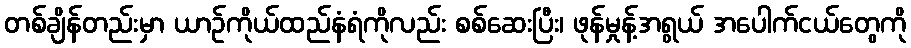
တစ်ချိန်တည်းမှာ ယာဉ်ကိုယ်ထည်နံရံကိုလည်း စစ်ဆေးပြီး၊ ဖုန်မှုန့်အရွယ် အပေါက်ငယ်တွေကို